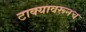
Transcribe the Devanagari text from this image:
टाक्यावरूनच